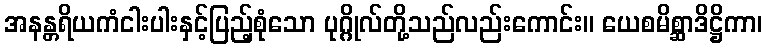
အနန္တရိယကံငါးပါးနှင့်ပြည့်စုံသော ပုဂ္ဂိုလ်တို့သည်လည်းကောင်း။ ယေစမိစ္ဆာဒိဋ္ဌိကာ၊